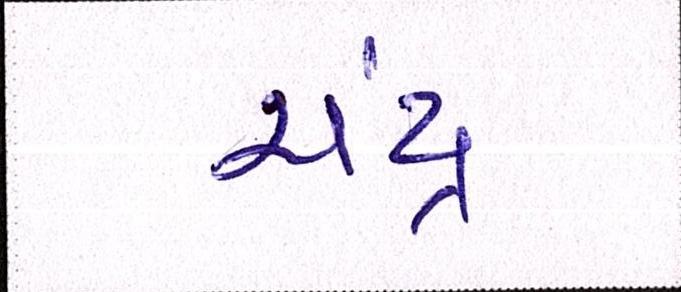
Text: ચંદ્ર